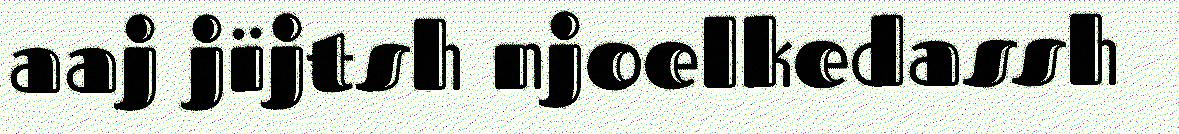
aaj jïjtsh njoelkedassh